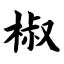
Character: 椒